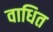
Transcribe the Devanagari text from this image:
वाधित